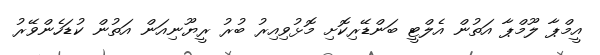
އީމްޕާ ލޫމްޕާ އަތުން އެލްޓީ ބަންޑޭރިކޮށި މޮޅުވިއިރު ބުރު ރީޔޫނިއަން އަތުން ކުޑަހެންވޭރު